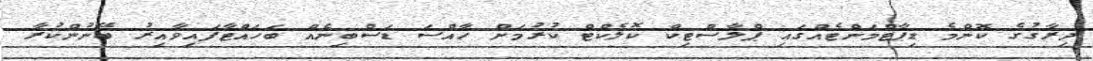
ދިރާގުގެ ކޮންމެ ޑިޕާޓްމަންޓެއްގައި ޕްލާސްޓިކް ކޮލެކްޓް ކުރުމަށް ހާއްސަ ޑަސްބިނެއް ބަހައްޓާފައިވާއިރު ބޭނުންކުރާ